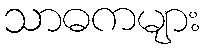
သာဓကများ